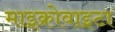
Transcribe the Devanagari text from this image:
माइक्रोवाइटा